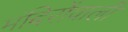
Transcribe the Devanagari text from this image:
मंदिरोंवाली